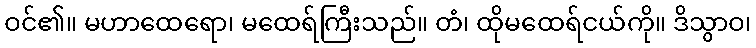
ဝင်၏။ မဟာထေရော၊ မထေရ်ကြီးသည်။ တံ၊ ထိုမထေရ်ငယ်ကို။ ဒိသွာဝ၊